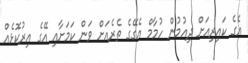
އެގެ ކައިރިއަށް ދިއުމުން ހުމާމް އެގޭގެ ތެރެއަށް ވަން ކަމަށާއި އޭގެ އިރުކޮޅެއް